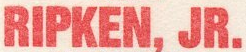
RIPKEN,JR.